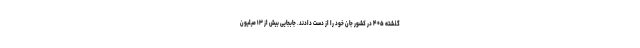
گذشته ۴۰۵ در کشور جان خود را از دست دادند. جابجایی بیش از ۱۳ میلیون